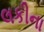
લકીના